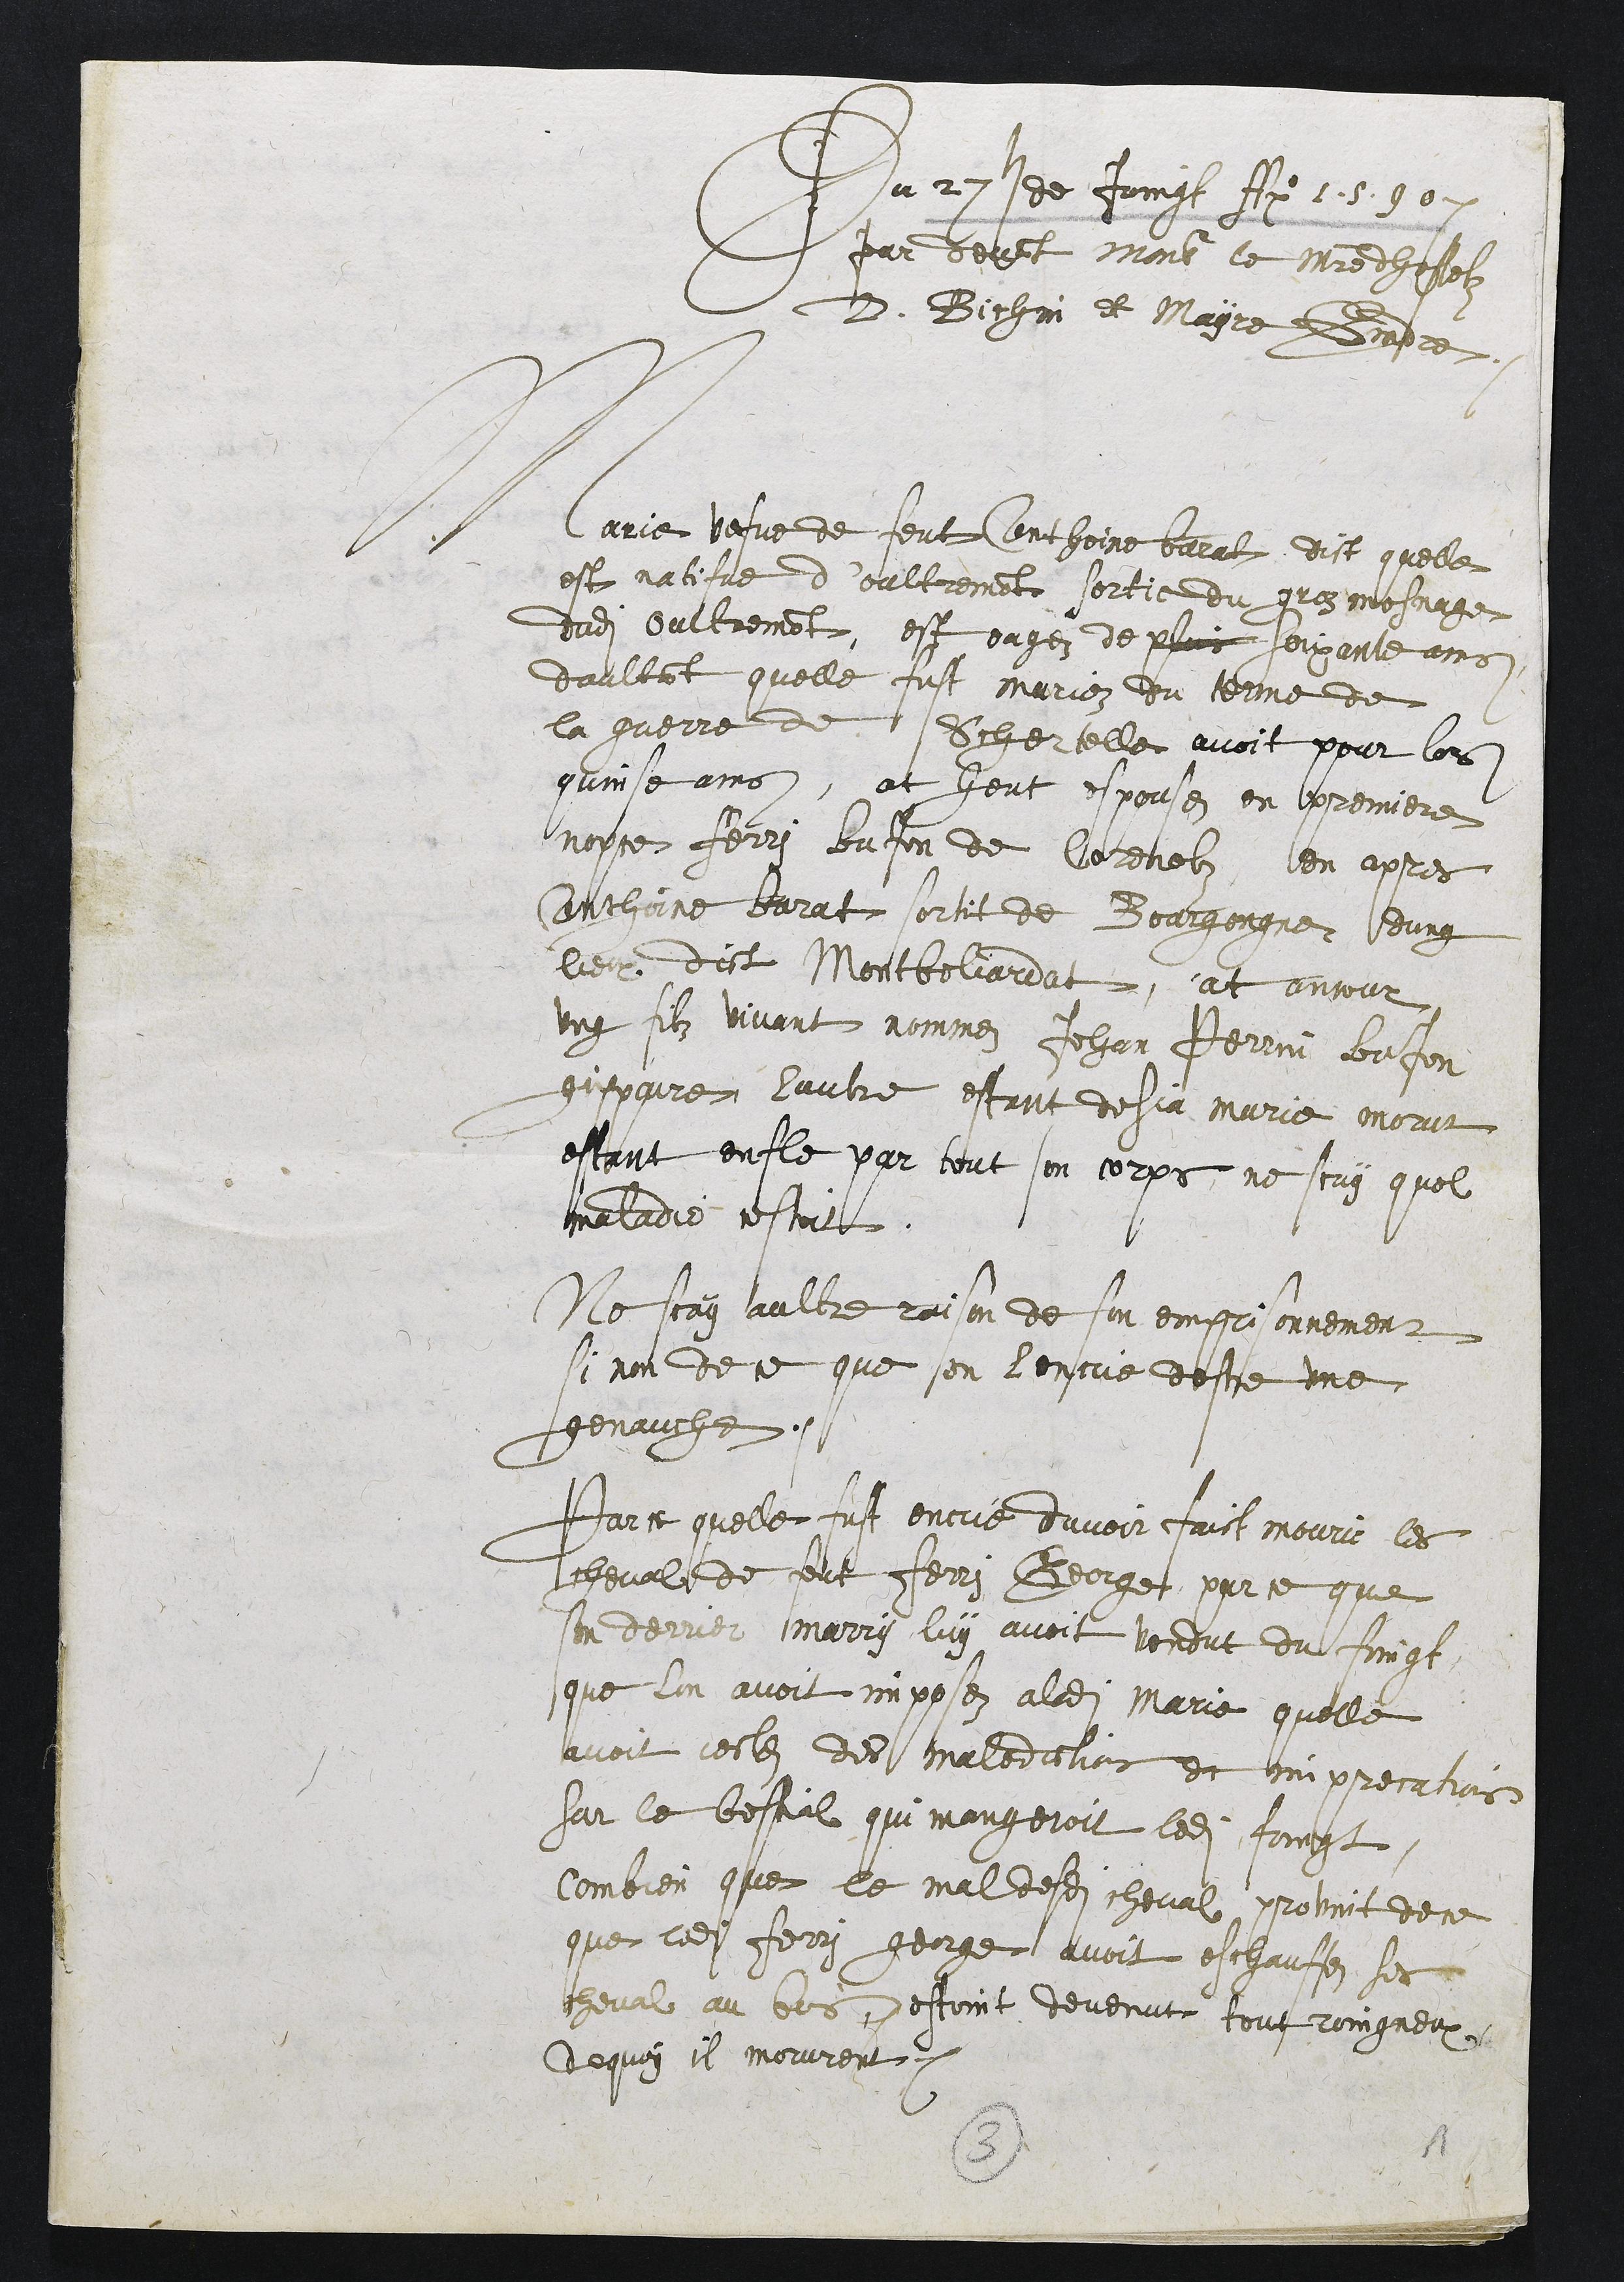
Du 27s de Joingt Ao 13.30.
par devant Ment le Maitre dhastelz
D. Bichin et Mayre Deadre
Marie vefve de feut Conthoine baral dist quelle
est natifve d’oultremont sortie du groz mosnage
dudit Oultremont, est eagez de pluis soixante ains
daultant quelle fust mariez du terme de
la guerre de Oohertelle avoit pour lors
quine ains, at heut espousez en premiere
nopse Ferri enfon de Corenelz, len apres
Anthoine barat sortit de Bourgongne ung
lieu dict Mortbeliardat, at ancour
ung filz vivant nommez Jehan Perrin Bajon
gispoire lautre estant desia marie morut
estant enfle par tout son corps, ne scuy quel
maladie cestoit.
Ne scay aultre raison de son emprisonnement
si non de ce que soen l’entre destre une
enauche.
Parce quelle fust encuie davoir faict mourir les
cheval de peut Ferri Beorge, par ce que
son derrier marry luy avoit vondut du foingt,
que l’on avoit imposez a ladite Marie quelle
avoit jestes des maledictians et am precation
sur le bestial qui mangeroit ledit foipt,
Combien que le mal desdits cheval provint de ce
que ledit Ferry gerge avoit eschauffez ses
cheval au bois escoint devenut toufroingneux.
De quoy il morurent.